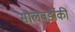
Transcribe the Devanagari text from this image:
सालबर्डीकी